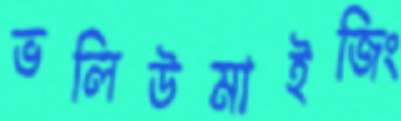
ভলিউমাইজিং